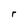
Character: r